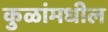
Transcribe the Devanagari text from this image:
कुळांमधील